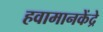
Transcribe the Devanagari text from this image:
हवामानकेंद्रे